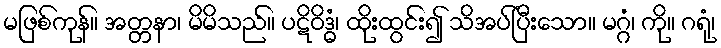
မဖြစ်ကုန်။ အတ္တနာ၊ မိမိသည်။ ပဋိဝိဒ္ဓံ၊ ထိုးထွင်း၍ သိအပ်ပြီးသော။ မဂ္ဂံ၊ ကို။ ဂရုံ၊